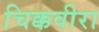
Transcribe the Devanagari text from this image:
चिक्कवीरा